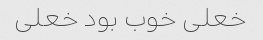
خعلی خوب بود خعلی